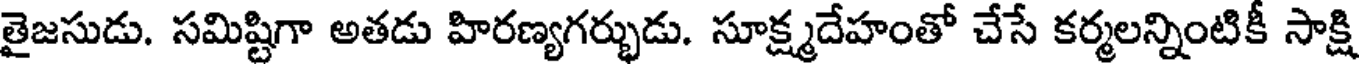
తైజసుడు. సమిష్టిగా అతడు హిరణ్యగర్భుడు. సూక్ష్మదేహంతో చేసే కర్మలన్నింటికీ సాక్షి